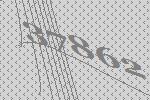
37862